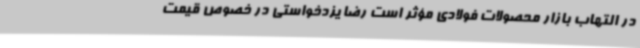
در التهاب بازار محصولات فولادی مؤثر است رضا یزدخواستی در خصوص قیمت